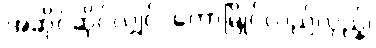
အဆိုင်ဆိုင်လျှင်၊ တောမြိုင်လည်လှည့်၊